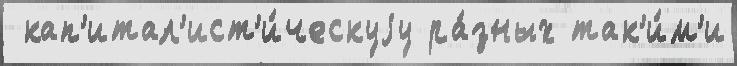
 кап'итал'ист'и́ческуjу ра́зных так'и́м'и